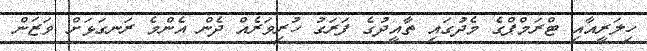
ހިލަރީއާއި ޓްރަމްޕްގެ މެދުގައި ތާއީދުގެ ފަރަގު ހުރިވަރެއް ދެން އެންމެ ރަނގަޅަށް ވަޒަން